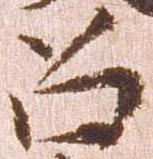
召